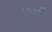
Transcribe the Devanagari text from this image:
।अति